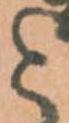
と